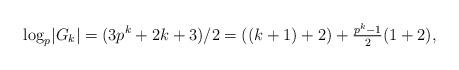
LaTeX: \begin{align*} \log_p \lvert G_k \rvert = (3p^k+2k+3)/2 = ((k+1) + 2) + \tfrac{p^k-1}{2} (1 + 2), \end{align*}